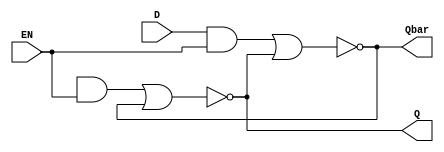
module D_Latch_Structural(
  input D, EN,
  output Q, Qbar
);
  wire D_bar, R_in, S_in;
  not(D_not, D);
  and R_eq(R_in, D_bar, EN);
  and S_eq(S_in, D, EN);
  nor(Q, R_in, Qbar);
  nor(Qbar, S_in, Q);
endmodule